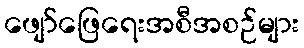
ဖျော်ဖြေရေးအစီအစဉ်များ